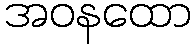
အဝနထော